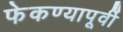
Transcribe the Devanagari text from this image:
फेकण्यापूर्वी